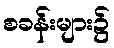
စခန်းများ၌